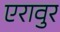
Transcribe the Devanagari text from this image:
एरावुर